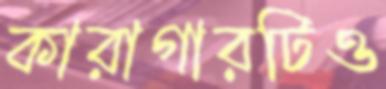
কারাগারটিও